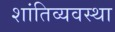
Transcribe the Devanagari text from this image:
शांतिव्यवस्था